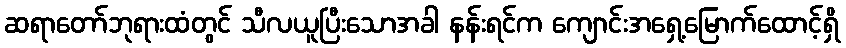
ဆရာတော်ဘုရားထံတွင် သီလယူပြီးသောအခါ နန်းရင်က ကျောင်းအရှေ့မြောက်ထောင့်ရှိ